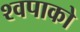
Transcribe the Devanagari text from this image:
श्वपाको